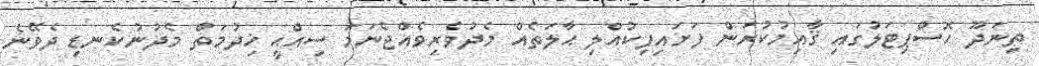
ތިނަދޫ ހޮސްޕިޓަލުގައި ޤާއިމުކުރަން ފަށައިފިކުއްލި ޙާލަތެއް މެދުވެރިވެއްޖެނަމަ ސިއްޙީ ޚިދުމަތް މެދުނުކެނޑި ދެވޭނެ